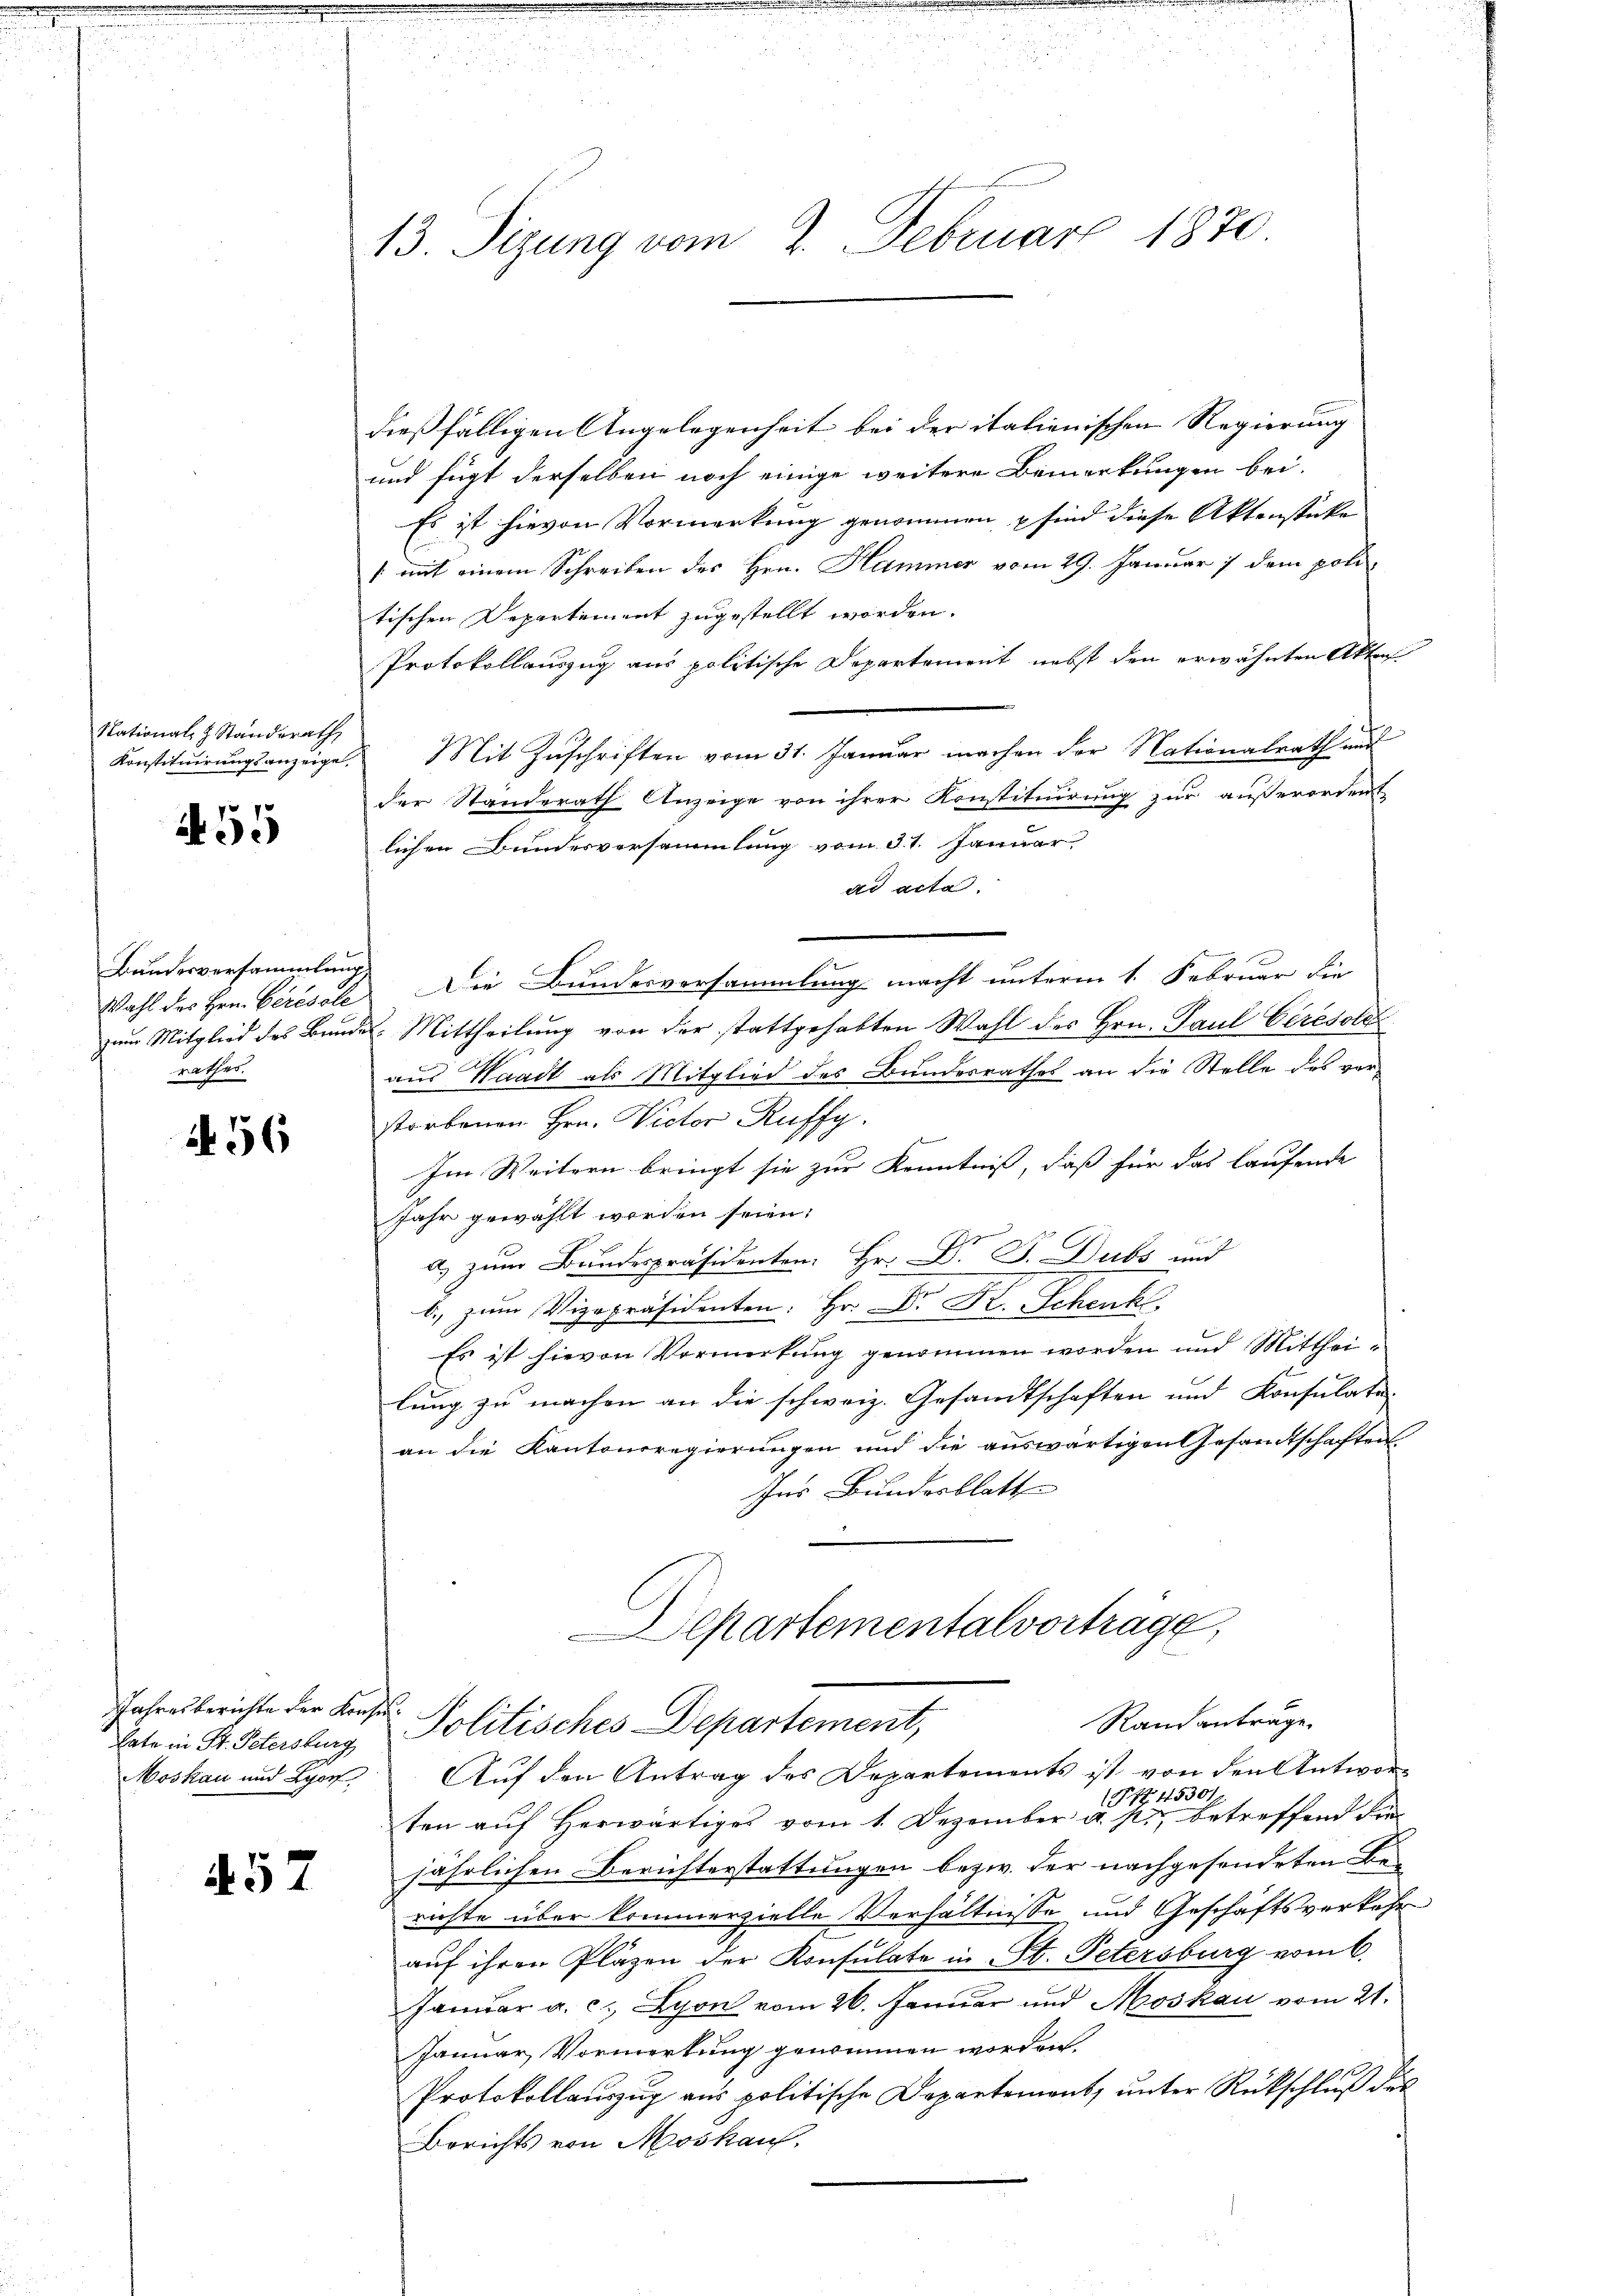
National- & Standerath

55

Bundesversammlung,
rathes.

56

Jahresberichte der Konsu¬

457

13. Sizung vom 2. Februar 1870.

dießfälligen Angelegenheit bei der italienischen Regierung
und fügt derselben noch einige weitere Bemerkungen bei.
Es ist hievon Vormerkung genommen sind diese Aktenstücke
1 mit einem Schreiben des Hrn. Hammer vom 29. Januar 7 dem poli-
tischen Departement zugestellt worden.
Protokollauszug aus politische Departement nebst den erwähnten Akten
Konstituirungsanzeige. Mit Zuschriften vom 31. Januar machen der Nationalrath und
der Standerath Anzeige von ihrer Konstituirung zur außerorden
lichen Bundesversammlung vom 31. Januar
ad acta.
Wahl des Hrn. Cirésole. Die Bundesversammlung macht unterm 1. Februar die
zum Mitglied des Bundes Mittheilung von der stattgehabten Wahl des Hrn. Paul Ceresold
aus Waadt als Mitglied des Bundesrathes an die Stelle des verstorbenen Hrn. Victor Ruffy.
Im Weitern bringt sie zur Kenntniss, daß für das laufende
Jahr gewählt worden seien:
a) zum Bundespräsidenten. Hr. Dr. P. Dubs und
b., zum Vizepräsidenten: Hr. Dr. Kr. Schenk
Es ist hievon Vormerkung genommen worden und Mittheilung zu machen an die schweiz. Gesandtschaften und Konsulate-
an die Kantonsregierungen und die auswärtigen Gesandtschaften.
Ins Bundesblatt
.
Departementalvertrage,
Rand anträge.
late in St. Petersburg - Politisches Departement,
Moskau und Lyon Auf den Antrag des Departements ist von den Antworten auf Herwärtiges vom 1. Dezember die sie sie betreffend die
jährlichen Berichterstattungen bezw. der nachgesendeten Berichte über kommerzielle Verhältnisse und Geschäftsverkehr
auf ihren Pläzen der Konsulate in St. Petersburg vom 6.
Januar a. c. Lyon vom 26. Januar und Moskau vom 21.
Januar Vormerkung genommen worden.
Protokollaŭszŭg aŭs politische Departement, ŭnter Rückschlŭβ des
Berichts von Moskauf,